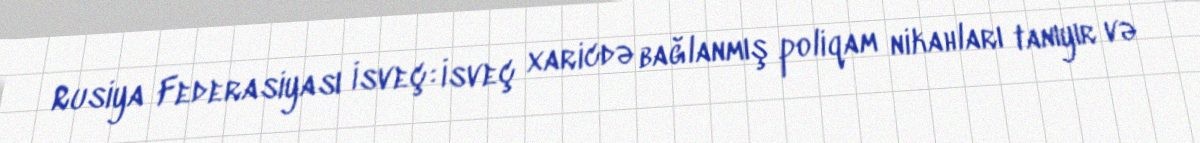
Rusiya Federasiyası İsveç: İsveç xaricdə bağlanmış poliqam nikahları tanıyır və